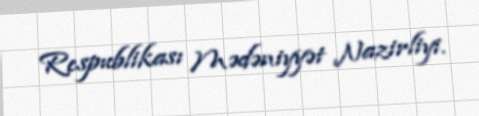
Respublikası Mədəniyyət Nazirliyi.